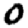
Digit: 0